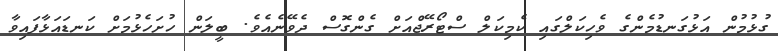
ގުޅުމުން އަޅުގަނޑުމެންގެ ވެހިކަލްގައި ކެމިކަލް ސްޓޯރޭޖްއަށް ގެންގޮސް ދެވޭނެއެވެ. ބީލަން ހުށަހެޅުމަށް ކަނޑައަޅާފައިވާ